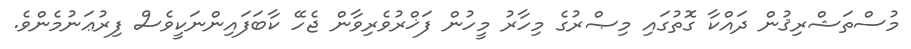
މުސްތަޝްރިޤުން ދައްކާ ގޮތުގައި މިޞްރުގެ މިހާރު މީހުން ފަޚްރުވެރިވާން ޖެހޭ ކާބަފައިންނަކީވެސް ފިރުޢަނުމެންވެ.